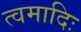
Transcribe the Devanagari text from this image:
त्वमादिः